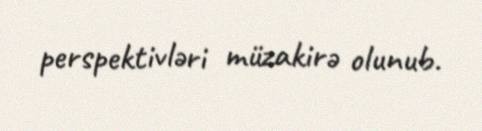
perspektivləri müzakirə olunub.